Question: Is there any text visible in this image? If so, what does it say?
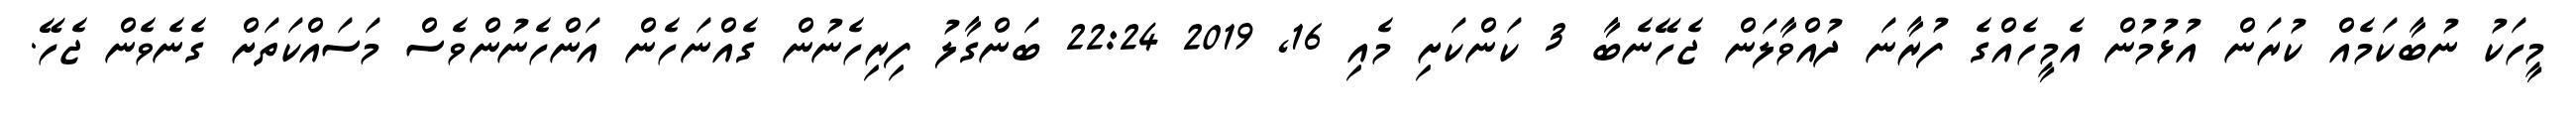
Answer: މީހަކު ނުބާކަމެއް ކުރަން އުޅުމުން އެމީހެއްގެ ފުރާނަ ދުއްވާލަން ޖެހޭނެބާ 3 ކަންކަށި މެއި 16, 2019 22:24 ބަންގާލު ފިރިހެނުން ގެއްނަހެން އަންހެނުންވެސް މަސައްކަތަށް ގެނެވެން ޖެހޭ.